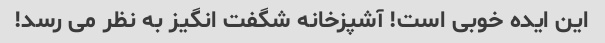
این ایده خوبی است! آشپزخانه شگفت انگیز به نظر می رسد!